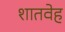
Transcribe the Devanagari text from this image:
शातवेह